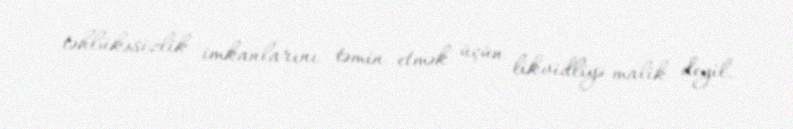
təhlükəsizlik imkanlarını təmin etmək üçün likvidliyə malik deyil.